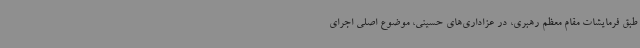
طبق فرمایشات مقام معظم رهبری، در عزاداری‌های حسینی، موضوع اصلی اجرای